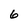
Character: 6